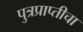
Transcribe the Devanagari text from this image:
पुत्रप्राप्‍तीचा